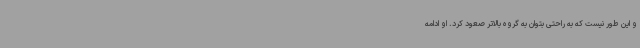
و این طور نیست که به راحتی بتوان به گروه بالاتر صعود کرد. او ادامه